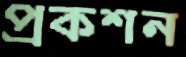
প্রকশন